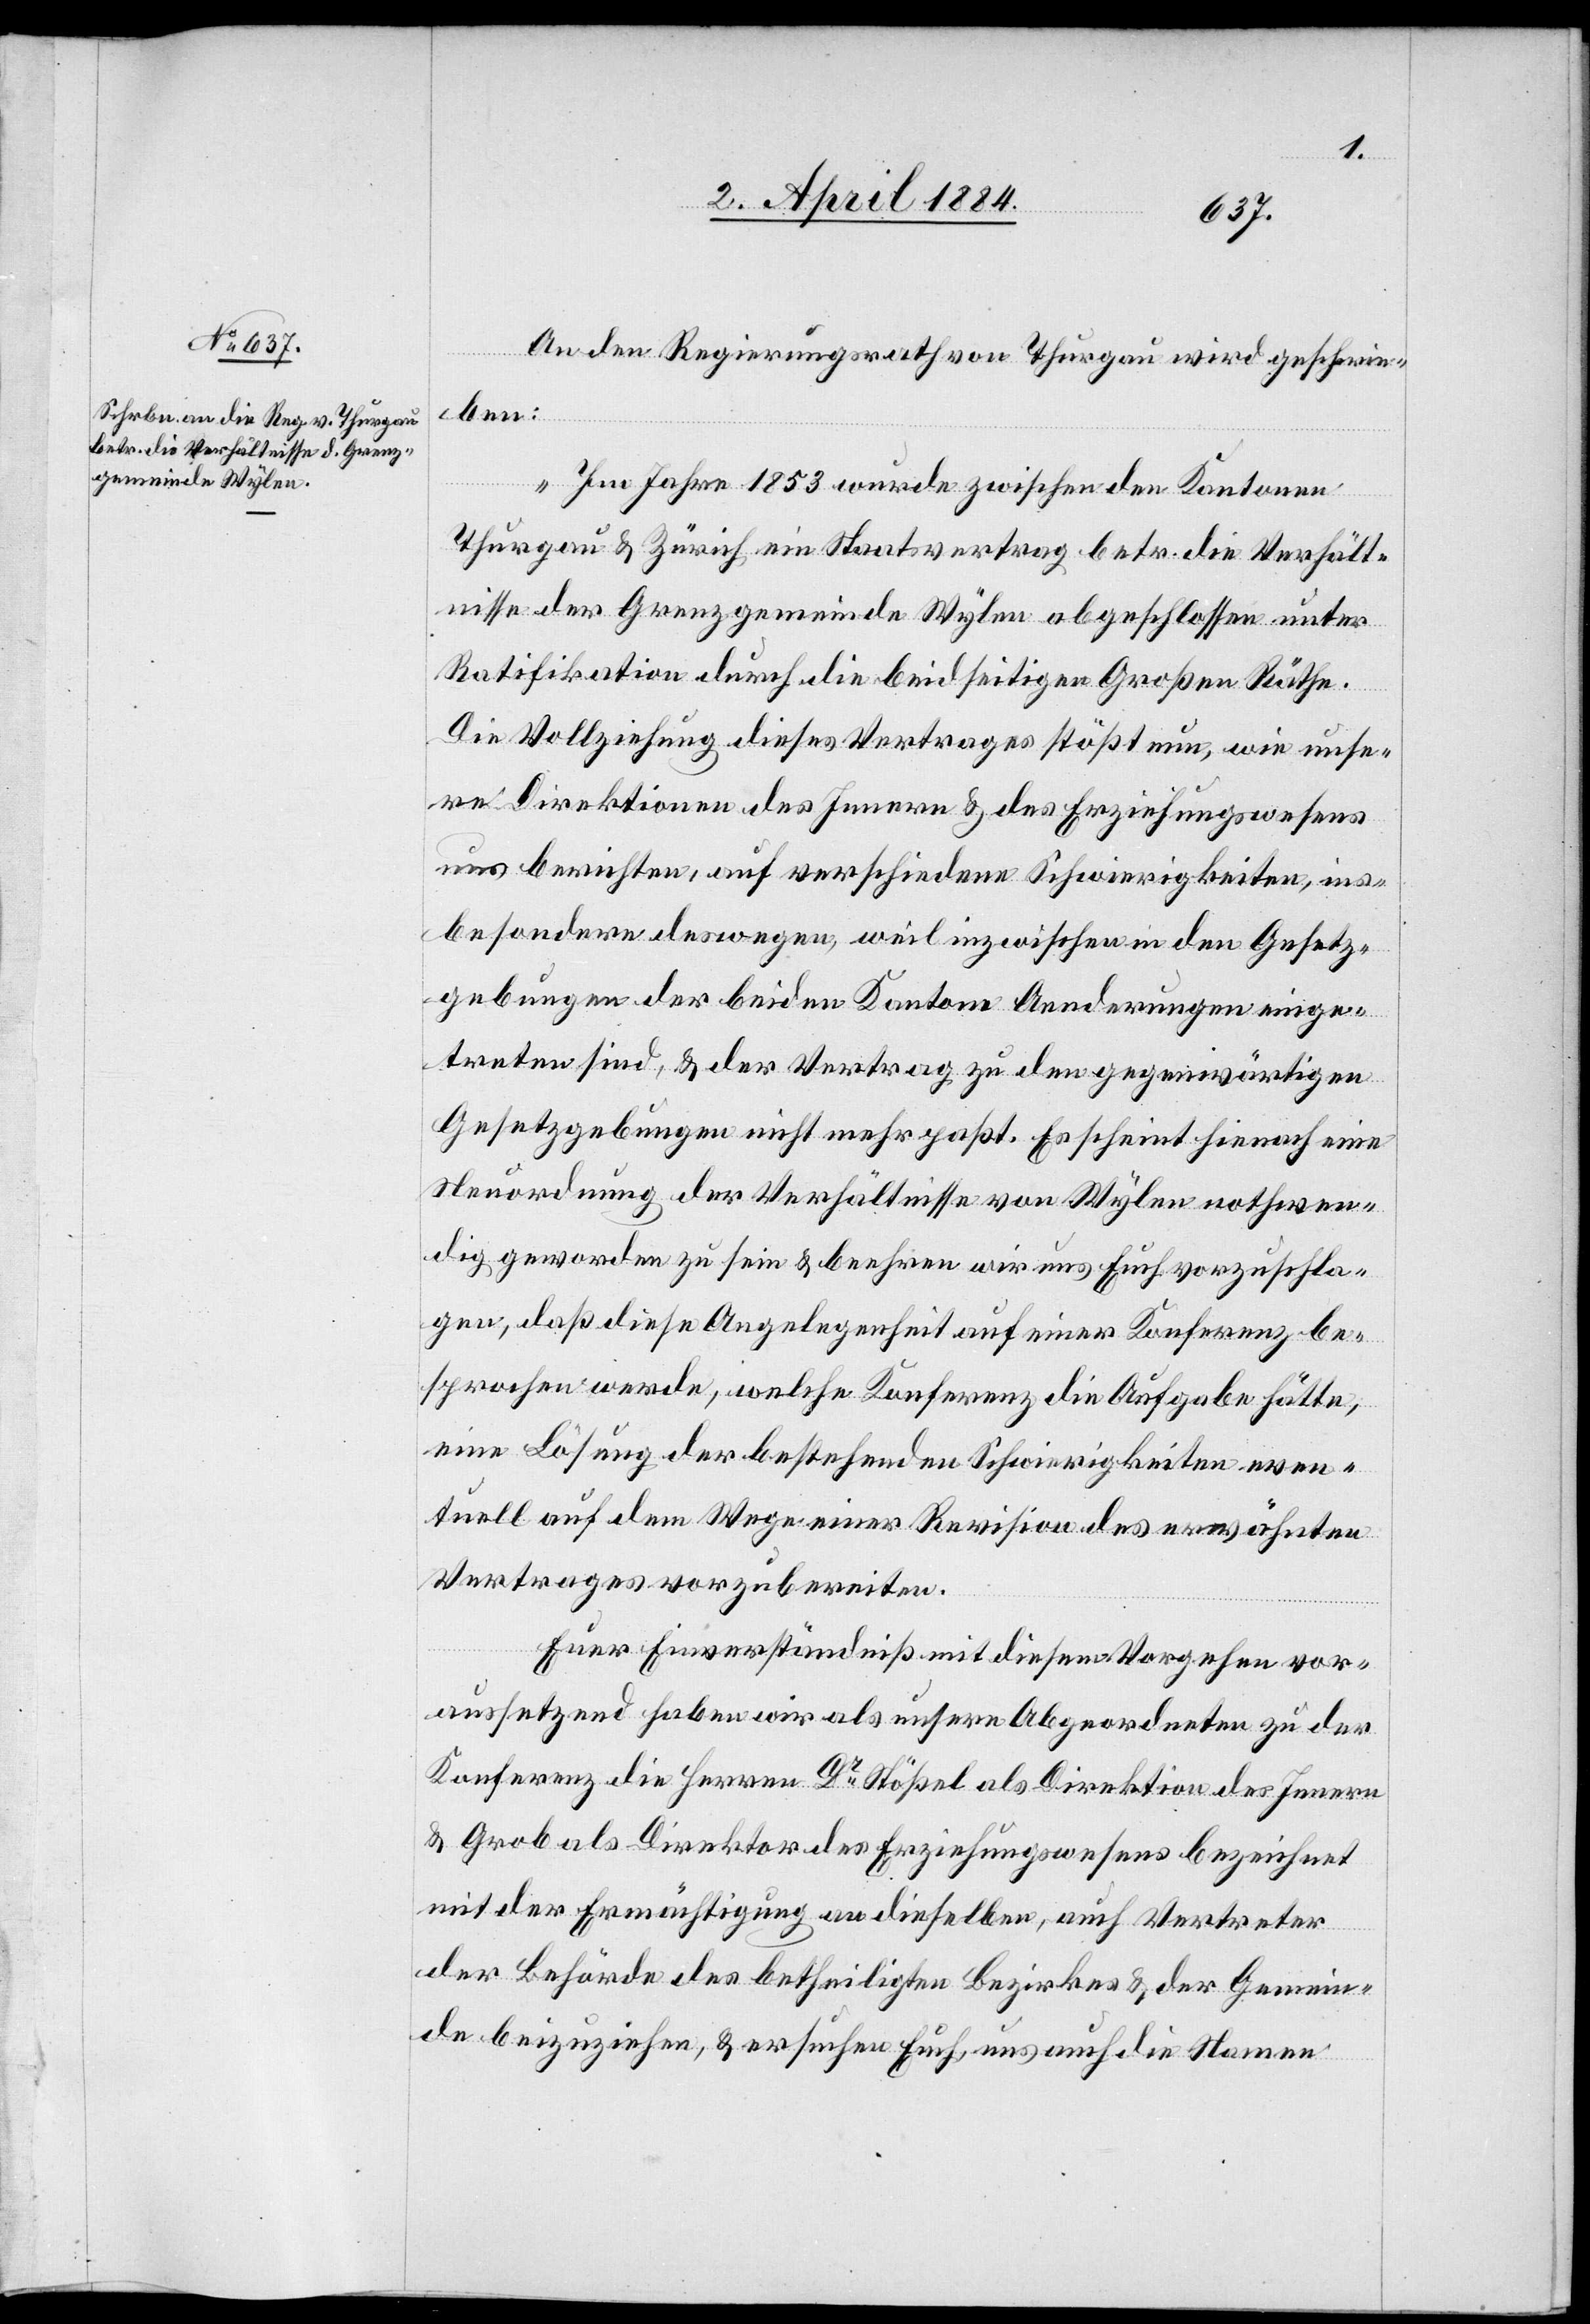
An den Regierungsrath von Thurgau wird geschrie¬
ben:
„Im Jahre 1853 wurde zwischen den Kantonen
Thurgau & Zürich ein Staatsvertrag betr. die Verhält¬
nisse der Grenzgemeinde Wylen abgeschlossen unter
Ratifikation durch die beidseitigen Großen Räthe.
Die Vollziehung dieses Vertrages stößt nun, wie unse¬
re Direktionen des Innern & des Erziehungswesens
uns berichten, auf verschiedene Schwierigkeiten, ins¬
besondere deswegen, weil inzwischen in den Gesetz¬
gebungen der beiden Kantone Aenderungen einge¬
treten sind, & der Vertrag zu den gegenwärtigen
Gesetzgebungen nicht mehr paßt. Es scheint hienach eine
Neuordnung der Verhältnisse von Wylen nothwen¬
dig geworden zu sein & beehren wir uns Euch vorzuschla¬
gen, daß diese Angelegenheit auf einer Konferenz be¬
sprochen wird, welche Konferenz die Aufgabe hätte,
eine Lösung der bestehenden Schwierigkeiten even¬
tuell auf dem Wege einer Revision des erwähnten
Vertrages vorzubereiten.
Euer Einverständniß mit diesen Vorgehen vor¬
aussetzend haben wir als unsere Abgeordneten zu der
Konferenz die Herren Dr Stößel als Direktor des Innern
& Grob als Direktor des Erziehungswesens bezeichnet
mit der Ermächtigung an dieselben, auch Vertreter
der Behörde des betheiligten Bezirkes & der Gemein¬
de beizuziehen, & ersuchen Euch, uns auch die Namen